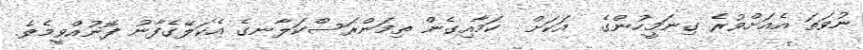
ނުވަތަ އެއަށްވުރެ ގިނަމީހުންގެ  އަކަށް  ކަމާއިގެން ތިމަންރަސްކަލާނގެ އެކަލޭގެފާނު ފޮނުއްވީމެވެ.